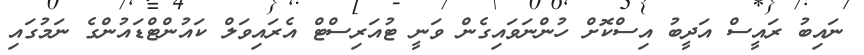
ނައިބު ރައީސް އަދީބު އިސްކޮށް ހުންނަވައިގެން ވަނީ ޓުއަރިސްޓް އެރައިވަލް ކައުންޓްޑައުންގެ ނަމުގައި